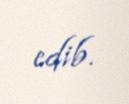
edib.